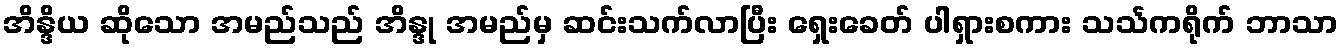
အိန္ဒိယ ဆိုသော အမည်သည် အိန္ဒု အမည်မှ ဆင်းသက်လာပြီး ရှေးခေတ် ပါရှားစကား သင်္သကရိုက် ဘာသာ